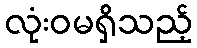
လုံးဝမရှိသည့်